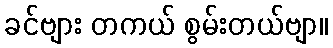
ခင်ဗျား တကယ် စွမ်းတယ်ဗျာ။